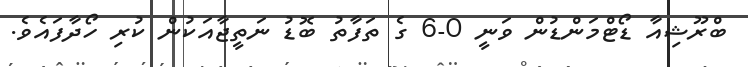
ބްރޫޝިއާ ޑޯޓްމަންޑުން ވަނީ 0-6 ގެ ތަފާތު ބޮޑު ނަތީޖާއަކުން ކުރި ހޯދާފައެވެ.